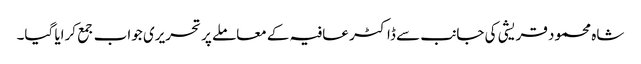
شاہ محمود قریشی کی جانب سے ڈاکٹر عافیہ کے معاملے پر تحریری جواب جمع کرایا گیا۔